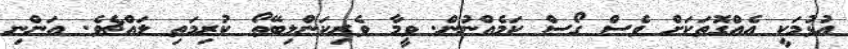
އުޅުމަކީ އެއްގޮތަކަށް ވެސް ގޯސް ކަމެއްނުން. ވީމާ ވެރިކަންލިބޭތޯ ކުރިމަތި ލައްޗެވެ. އަންނި